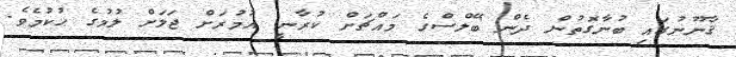
ޤާނޫނުގައި ބުނާގޮތުން ދެން ބޭލްސްގެ މައްޗަށް ކުރާނީ އުމުރަށް ޖަލަށް ލުމުގެ ޙުކުމެވެ.